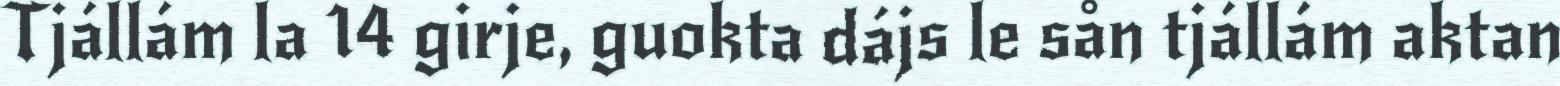
Tjállám la 14 girje, guokta dájs le sån tjállám aktan